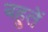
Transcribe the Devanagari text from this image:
बहुतें